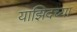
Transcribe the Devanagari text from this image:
याझिदच्या